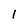
Character: 1